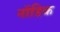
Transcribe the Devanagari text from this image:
नॉडिक